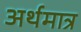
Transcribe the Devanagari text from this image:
अर्थमात्र